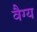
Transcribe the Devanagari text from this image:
वैग्य